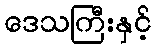
ဒေသကြီးနှင့်